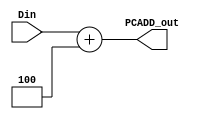
`timescale 1ns / 1ps
//////////////////////////////////////////////////////////////////////////////////
// Company: 
// Engineer: 
// 
// Design Name: 
// Module Name: PCADD
// Project Name: 
// Target Devices: 
// Tool Versions: 
// Description: 
// 
// Dependencies: 
// 
// Revision:
// Revision 0.01 - File Created
// Additional Comments:
// 
//////////////////////////////////////////////////////////////////////////////////


module PCADD(
    input [31:0] Din,
    output [31:0] PCADD_out
    );
    
    assign PCADD_out = Din + 3'b100;
endmodule